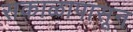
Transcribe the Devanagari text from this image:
सकाळापासून